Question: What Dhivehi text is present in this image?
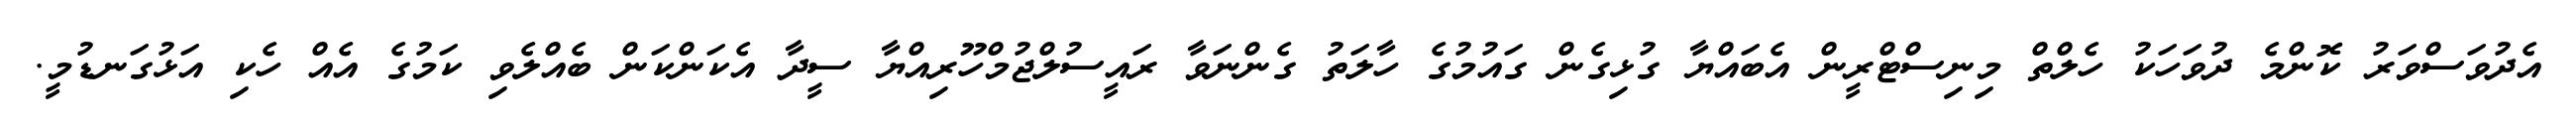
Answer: އެދުވަސްވަރު ކޮންމެ ދުވަހަކު ހެލްތް މިނިސްޓްރީން އެބައްޔާ ގުޅިގެން ގައުމުގެ ހާލަތު ގެންނަވާ ރައީސުލްޖުމްހޫރިއްޔާ ސީދާ އެކަންކަން ބެއްލެވި ކަމުގެ އެއް ހެކި އަޅުގަނޑުމީ.